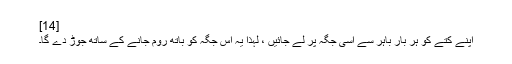
[14]
اپنے کتے کو ہر بار باہر سے اسی جگہ پر لے جائیں ، لہذا یہ اس جگہ کو باتھ روم جانے کے ساتھ جوڑ دے گا۔